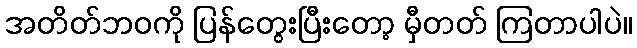
အတိတ်ဘဝကို ပြန်တွေးပြီးတော့ မှီတတ် ကြတာပါပဲ။